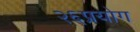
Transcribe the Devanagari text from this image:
२६प्रयोग